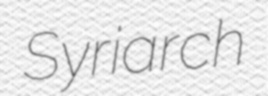
Syriarch